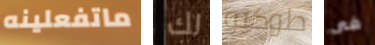
ماتفعلينه لك طوكيو فى